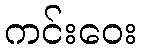
ကင်းဝေး